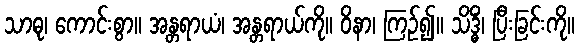
သာဓု၊ ကောင်းစွာ။ အန္တရာယံ၊ အန္တရာယ်ကို။ ဝိနာ၊ ကြဉ်၍။ သိဒ္ဓိံ၊ ပြီးခြင်းကို။